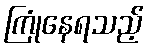
ကြုံနေရသည့်